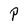
Character: P